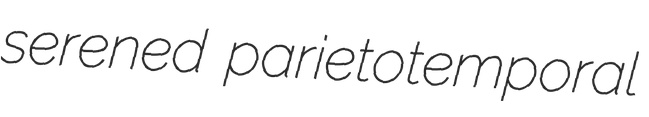
serened parietotemporal